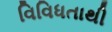
વિવિધતાથી